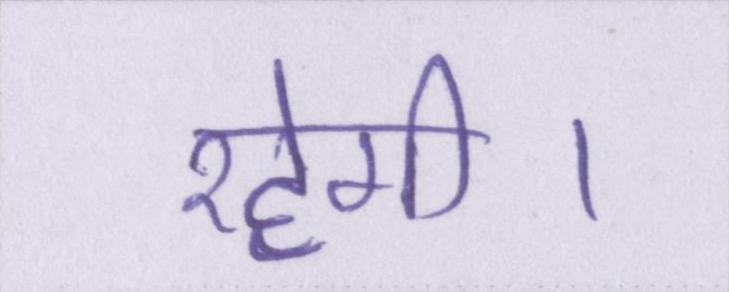
रहेगी।